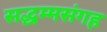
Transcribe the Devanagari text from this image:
सद्धम्मसंगह